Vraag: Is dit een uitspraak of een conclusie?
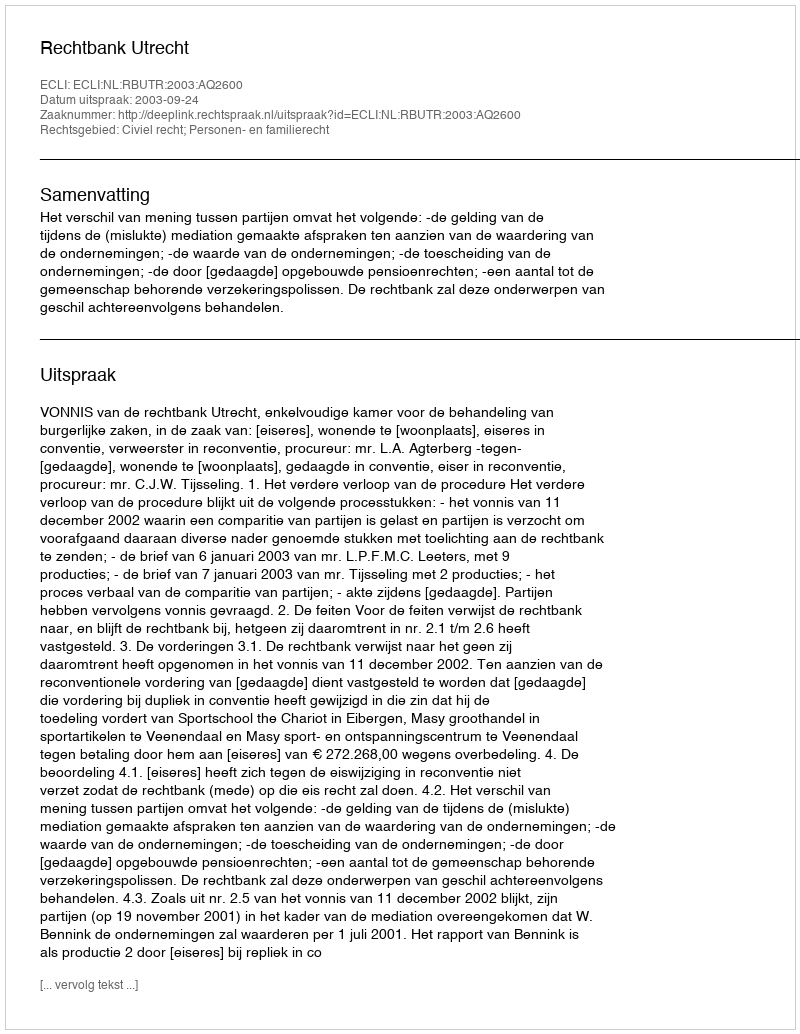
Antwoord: Uitspraak